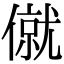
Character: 僦